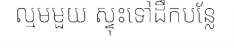
ល្មមមួយ ស្ទុះទៅដឹកបន្លែ